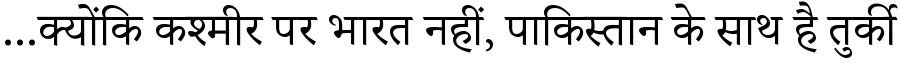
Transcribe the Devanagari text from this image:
...क्योंकि कश्मीर पर भारत नहीं, पाकिस्तान के साथ है तुर्की